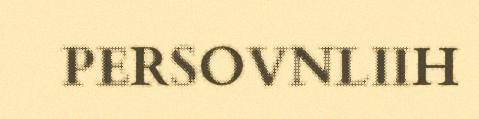
PERSOVNLIIH